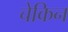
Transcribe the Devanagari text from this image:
चेकिन